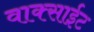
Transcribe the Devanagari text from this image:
वाक्साईट